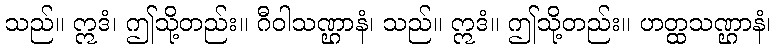
သည်။ ဣဒံ၊ ဤသို့တည်း။ ဂီဝါသဏ္ဌာနံ၊ သည်။ ဣဒံ။ ဤသို့တည်း။ ဟတ္ထသဏ္ဌာနံ၊